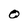
Character: 0